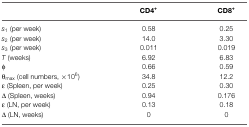
|  | CD4+ | CD8+ |
 | --- | --- | --- |
 | s1 (per week) | 0.58 | 0.25 |
 | s2 (per week) | 14.0 | 3.30 |
 | s3 (per week) | 0.011 | 0.019 |
 | T (weeks) | 6.92 | 6.83 |
 | φ | 0.66 | 0.59 |
 | θmax (cell numbers, ×106) | 34.8 | 12.2 |
 | ε (Spleen, per week) | 0.25 | 0.30 |
 | Δ (Spleen, weeks) | 0.94 | 0.176 |
 | ε (LN, per week) | 0.13 | 0.18 |
 | Δ (LN, weeks) | 0 | 0 |